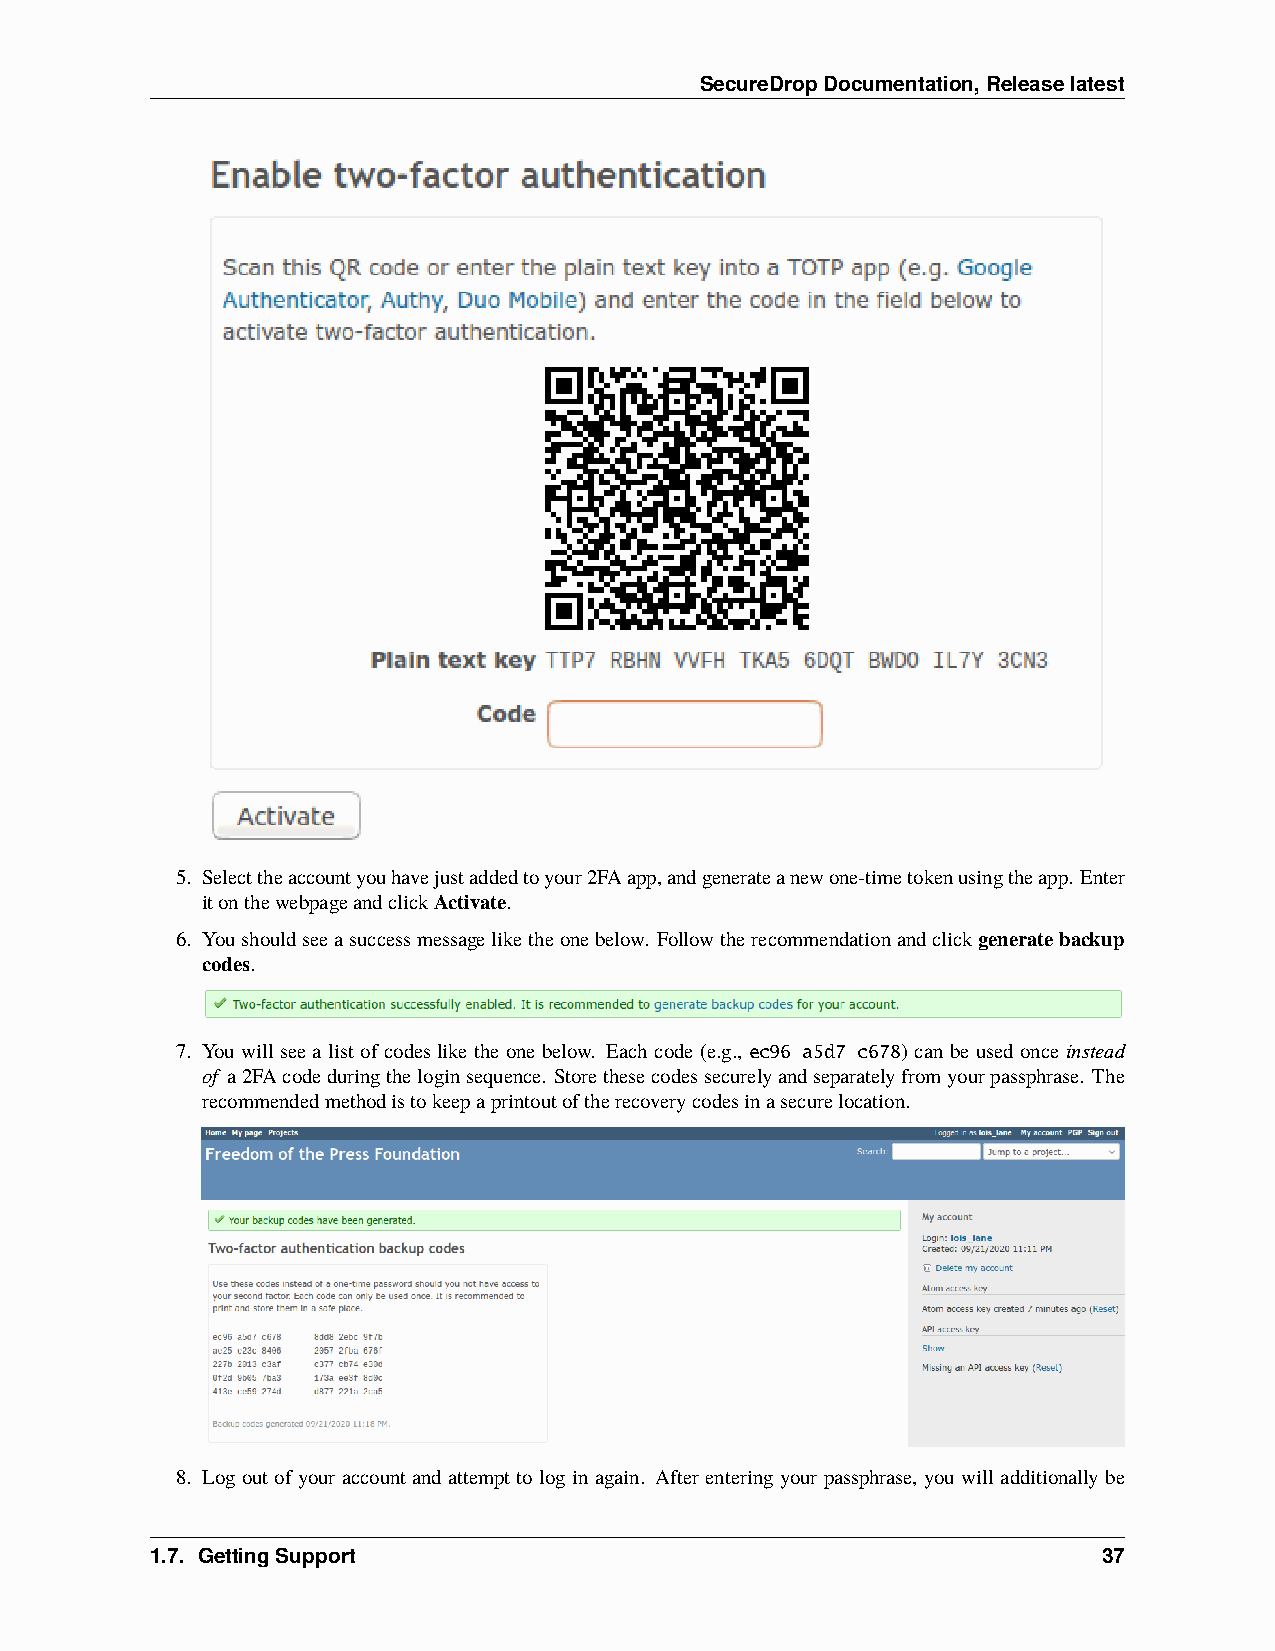
SecureDropDocumentation,Releaselatest
 5. Selecttheaccountyouhavejustaddedtoyour2FAapp,andgenerateanewone-timetokenusingtheapp. Enter
 itonthewebpageandclickActivate.
 6. Youshouldseeasuccessmessageliketheonebelow. Followtherecommendationandclick generatebackup
 codes.
 7. You will see a list of codes like the one below. Each code (e.g., ec96 a5d7 c678) can be used once instead
 of a2FAcodeduringtheloginsequence. Storethesecodessecurelyandseparatelyfromyourpassphrase. The
 recommendedmethodistokeepaprintoutoftherecoverycodesinasecurelocation.
 8. Log out of your account and attempt to log in again. After entering your passphrase, you will additionally be
 1.7. GettingSupport                                            37